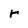
Character: r